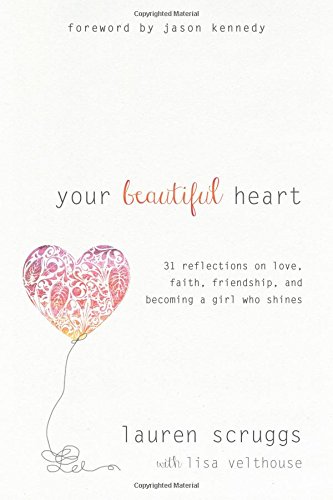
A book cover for Your Beautiful Heart: 31 Reflections on Love, Faith, Friendship, and Becoming a Girl Who Shines; Lauren Scruggs; Teen & Young Adult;